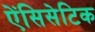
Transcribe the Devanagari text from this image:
ऐंसिसेटिक